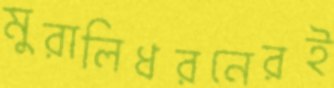
মুরালিধরনেরই